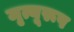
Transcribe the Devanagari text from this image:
मृत्यूरूप